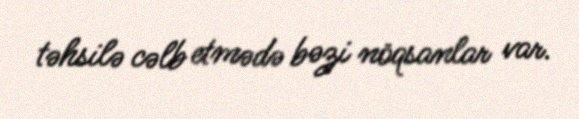
təhsilə cəlb etmədə bəzi nöqsanlar var.